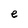
Character: e